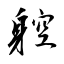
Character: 躻